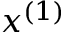
x ^ { ( 1 ) }